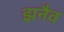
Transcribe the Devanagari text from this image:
झ़नैव